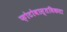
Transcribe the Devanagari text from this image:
फ़ोटोवास्तविकता